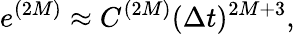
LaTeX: e^{(2M)}\approx C^{(2M)}(\Delta t)^{2M+3},